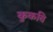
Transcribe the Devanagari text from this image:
कुकवि